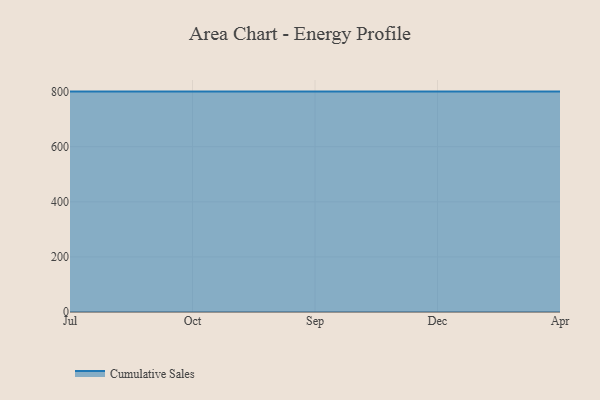
{"axis": {"x": "Month", "y": "Humidity (%)"}, "legend": ["Cumulative Sales"], "data": [{"x": "Jul", "y": 800, "type": "Cumulative Sales"}, {"x": "Oct", "y": 800, "type": "Cumulative Sales"}, {"x": "Sep", "y": 800, "type": "Cumulative Sales"}, {"x": "Dec", "y": 800, "type": "Cumulative Sales"}, {"x": "Apr", "y": 800, "type": "Cumulative Sales"}]}